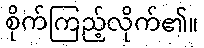
စိုက်ကြည့်လိုက်၏။